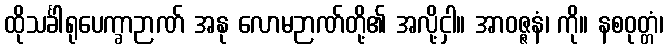
ထိုသင်္ခါရုပေက္ခာဉာဏ် အနု လောမဉာဏ်တို့၏ အလို့ငှါ။ အာဝဇ္ဇနံ၊ ကို။ နစဝုတ္တံ၊